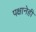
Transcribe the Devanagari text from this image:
पक्षानेही